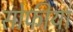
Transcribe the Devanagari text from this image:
सोफीया